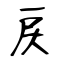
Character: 戻